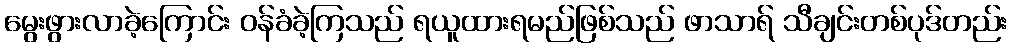
မွေးဖွားလာခဲ့ကြောင်း ဝန်ခံခဲ့ကြသည် ရယူထားရမည်ဖြစ်သည် ဖာသာရ် သီချင်းတစ်ပုဒ်တည်း